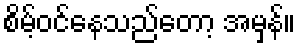
စိမ့်ဝင်နေသည်တော့ အမှန်။